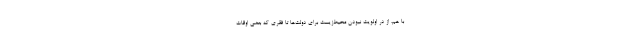
با هم، از در اولویت نبودن محیط‌زیست برای دولت‌ها تا فقری که بعضی اوقات